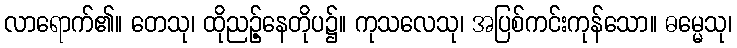
လာရောက်၏။ တေသု၊ ထိုညဉ့်နေတိုပ၌။ ကုသလေသု၊ အပြစ်ကင်းကုန်သော။ ဓမ္မေသု၊